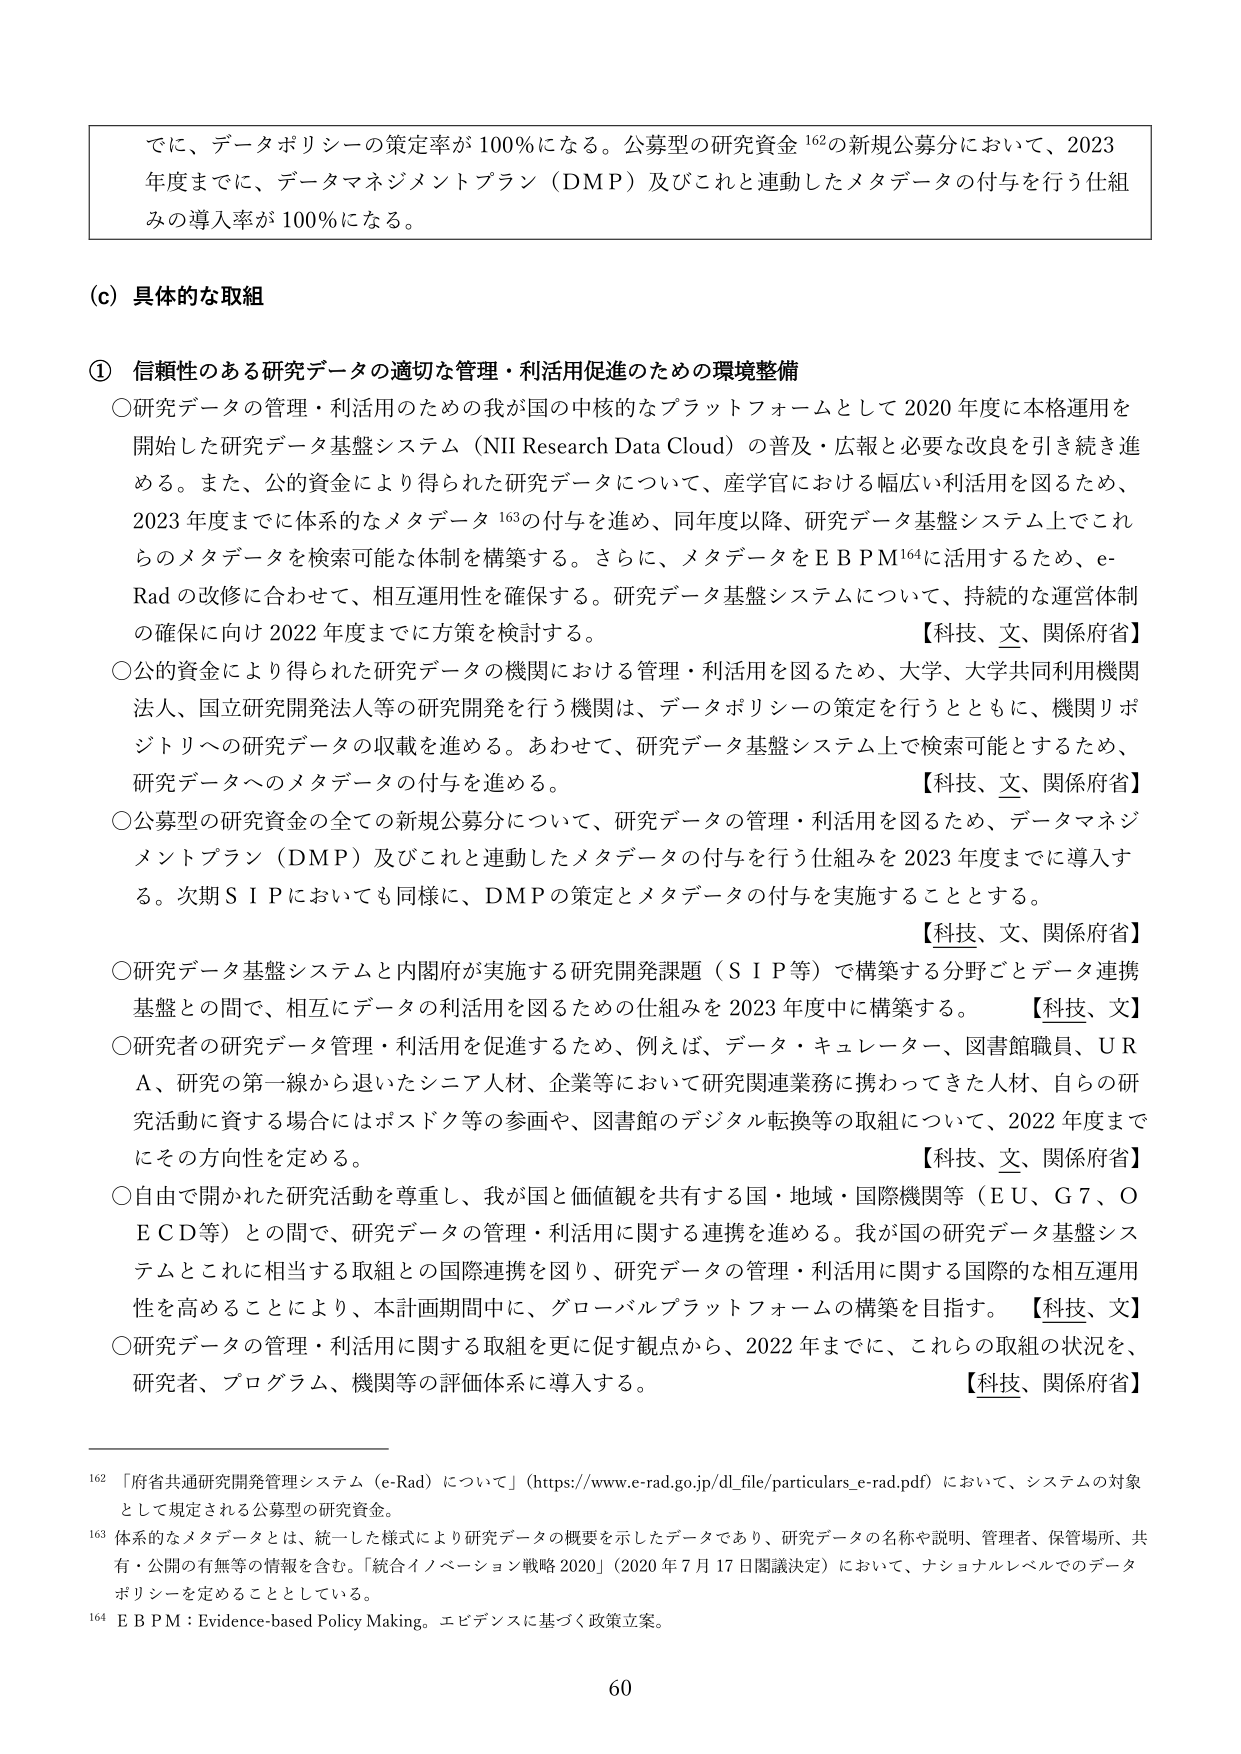
でに、データポリシーの策定率が100％になる。公募型の研究資金162の新規公募分において、2023年度までに、データマネジメントプラン（DMP）及びこれと連動したメタデータの付与を行う仕組みの導入率が100％になる。

(c) 具体的な取組

① 信頼性のある研究データの適切な管理・利活用促進のための環境整備

○研究データの管理・利活用のための我が国の中核的なプラットフォームとして2020年度に本格運用を開始した研究データ基盤システム（NII Research Data Cloud）の普及・広報と必要な改良を引き続き進める。また、公的資金により得られた研究データについて、産学官における幅広い利活用を図るため、2023年度までに体系的なメタデータ163の付与を進め、同年度以降、研究データ基盤システム上でこれらのメタデータを検索可能な体制を構築する。さらに、メタデータをEBPM164に活用するため、e-Radの改修に合わせて、相互運用性を確保する。研究データ基盤システムについて、持続的な運営体制の確保に向け2022年度までに方策を検討する。【科技、文、関係府省】

○公的資金により得られた研究データの機関における管理・利活用を図るため、大学、大学共同利用機関法人、国立研究開発法人等の研究開発を行う機関は、データポリシーの策定を行うとともに、機関リポジトリへの研究データの収載を進める。あわせて、研究データ基盤システム上で検索可能とするため、研究データへのメタデータの付与を進める。【科技、文、関係府省】

○公募型の研究資金の全ての新規公募分について、研究データの管理・利活用を図るため、データマネジメントプラン（DMP）及びこれと連動したメタデータの付与を行う仕組みを2023年度までに導入する。次期SIPにおいても同様に、DMPの策定とメタデータの付与を実施することとする。【科技、文、関係府省】

○研究データ基盤システムと内閣府が実施する研究開発課題（SIP等）で構築する分野ごとデータ連携基盤との間で、相互にデータの利活用を図るための仕組みを2023年度中に構築する。【科技、文】

○研究者の研究データ管理・利活用を促進するため、例えば、データ・キュレーター、図書館職員、URA、研究の第一線から退いたシニア人材、企業等において研究関連業務に携わってきた人材、自らの研究活動に資する場合にはポスドク等の参画や、図書館のデジタル転換等の取組について、2022年度までにその方向性を定める。【科技、文、関係府省】

○自由で開かれた研究活動を尊重し、我が国と価値観を共有する国・地域・国際機関等（EU、G7、OECD等）との間で、研究データの管理・利活用に関する連携を進める。我が国の研究データ基盤システムとこれに相当する取組との国際連携を図り、研究データの管理・利活用に関する国際的な相互運用性を高めることにより、本計画期間中に、グローバルプラットフォームの構築を目指す。【科技、文】

○研究データの管理・利活用に関する取組を更に促す観点から、2022年までに、これらの取組の状況を、研究者、プログラム、機関等の評価体系に導入する。【科技、関係府省】

162 「府省共通研究開発管理システム（e-Rad）について」（https://www.e-rad.go.jp/dl_file/particulars_e-rad.pdf）において、システムの対象として規定される公募型の研究資金。

163 体系的なメタデータとは、統一した様式により研究データの概要を示したデータであり、研究データの名称や説明、管理者、保管場所、共有・公開の有無等の情報を含む。「統合イノベーション戦略2020」（2020年7月17日閣議決定）において、ナショナルレベルでのデータポリシーを定めることとしている。

164 EBPM：Evidence-based Policy Making。エビデンスに基づく政策立案。

60